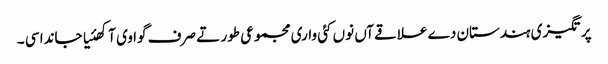
پرتگیزی ہندستان دے علاقےآں نوں کئی واری مجموعی طور تے صرف گوا وی آکھئیا جاندا سی ۔